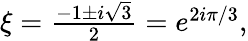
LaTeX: \textstyle\xi={\frac{-1\pm i{\sqrt{3}}}{2}}=e^{2i\pi/3},